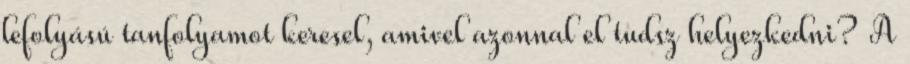
lefolyású tanfolyamot keresel, amivel azonnal el tudsz helyezkedni? A